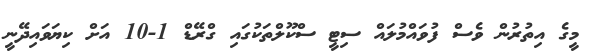
މީގެ އިތުރުން ވެސް ފުވައްމުލައް ސިޓީ ސްކޫލްތަކުގައި ގްރޭޑް 1-10 އަށް ކިޔަވައިދޭނީ